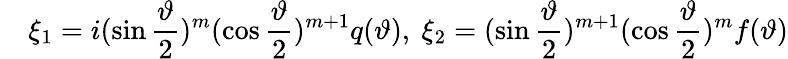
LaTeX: \quad\xi_{1}=i(\sin\frac\vartheta 2)^{m}(\cos\frac\vartheta 2)^{m+1}q(\vartheta),\ \xi_{2}=(\sin\frac\vartheta 2)^{m+1}(\cos\frac\vartheta 2)^{m}f(\vartheta)